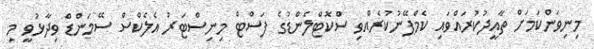
މިނިވަންކަމަށް ތާއީދުކުރައްވައި ކެމްޕޭނުކުރެއްވި ސްކޮޓްލެންޑުގެ ފަސްޓް މިނިސްޓަރު އެލެކްސް ސޭމަންޑް ވިދާޅުވީ މި